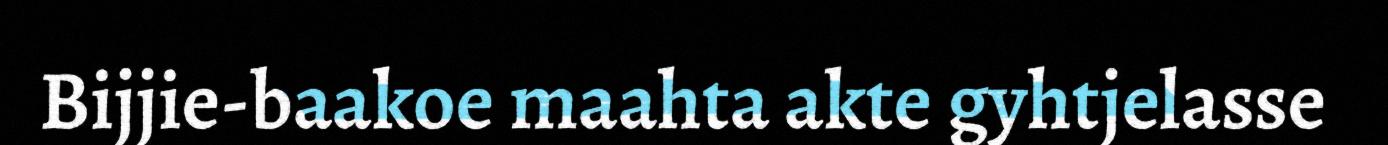
Bijjie-baakoe maahta akte gyhtjelasse